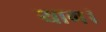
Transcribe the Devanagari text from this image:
याग।